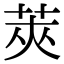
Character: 莢